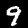
Digit: 9